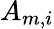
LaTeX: A_{m,i}